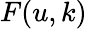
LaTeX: F(u,k)